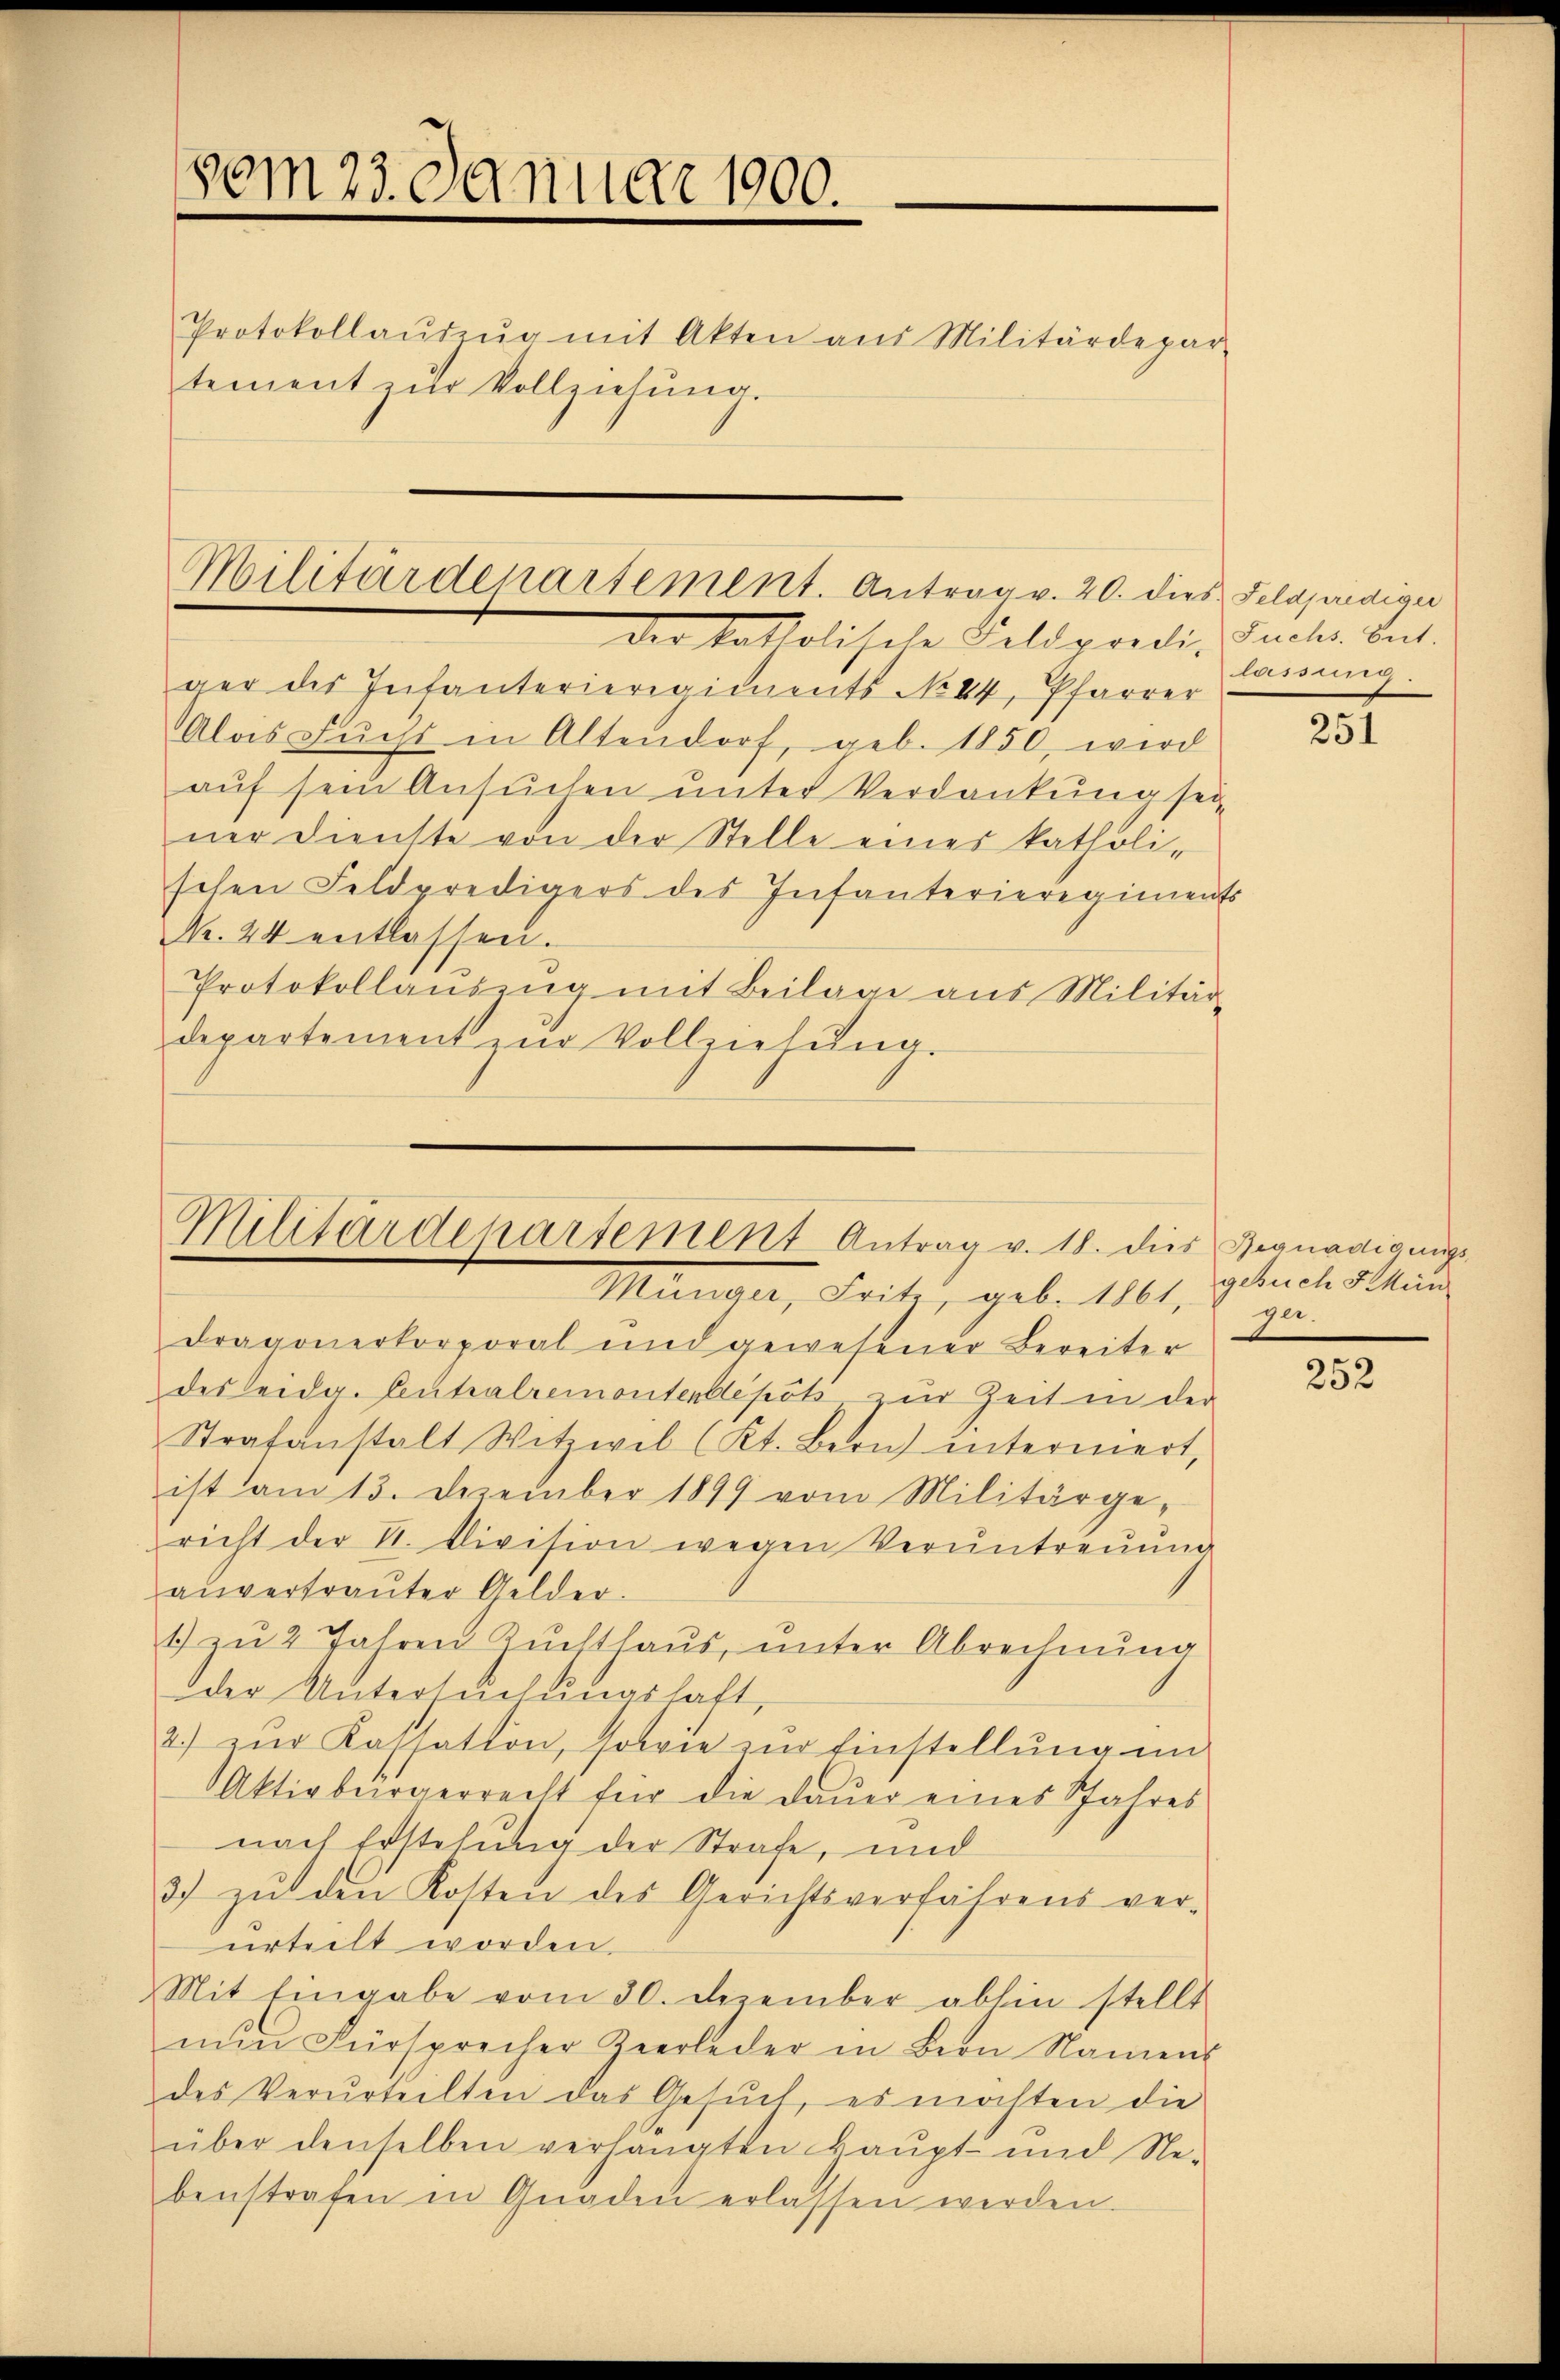
vom 23. Januar 1900.

tement zŭr Vollziehung.

Protokollaŭszŭg mit Akten aus Militärdepar

der katholische Feldpredi, Fuchs Tat.
ger des Infanterieregiments No 44, Pfarrer
Alas Fŭcht in Altendorf, geb. 1850, wird
auf sein Ansuchen unter Verdankung sei
ner dienste von der Stelle eines katholi-
schen Feldpredigers des Infanterieregiments
N. 44 entlassen.
Protokollaŭszŭg mit Beilage aus Militär-
departement zŭr Vollziehŭng.

1
Militärdepartement. Antrag v. 20. dies Feldpendigu

Militärdepartement Antrag v. 18. dies Begnadigungs¬
Münger, Seite, geb. 1861, gebuch alten

Dragonerkorporal und gewesener Bereiter
des eidg. Centralremontenblepots zŭr Zeit in der
Strafanstalt Witzwil (Kt. Bern interniert,
ist am 13. Dezember 1899 vom Militärge-
richt der V. Division wegen Veruntreŭŭng
anvertraŭter Gelder.
1) zu 2 Jahren Zuchthaus, unter Abrechnung
oder Untersuchungshaft,
2.) zur Kassation, sowie zur Einstellung in
Aktivbürgerrecht für die Dauer eines Jahres
nach Erstehung der Strafe, und
3) zŭ den Kosten des Gerichtsverfahrens ver-
urteilt worden.
Mit Eingabe vom 30. Dezember abhin stellt
nŭn Fürsprecher Zeerleder in Bern Namens
des Verurteilten das Gesuch, es möchten die
über denselben verhängten Baupt und Ne-
benstrafen in Graden erlassen werden.

lassung.

31

In.

252